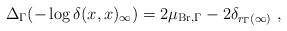
LaTeX: \begin{align*}\Delta_\Gamma (-\log \delta(x,x)_\infty) = 2\mu_{\textrm{Br}, \Gamma} - 2\delta_{r_\Gamma(\infty)}\ ,\end{align*}